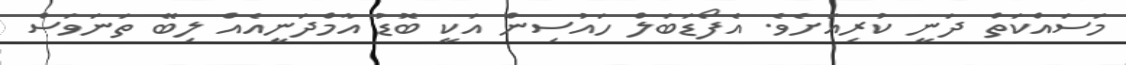
މަސައްކަތް ދަނީ ކުރިއަށެެވެ. އެފޯޑަބަލް ހައުސިން އަކީ ބޮޑު އާމްދަނީއެއް ލިބޭ ތަނަވަސް